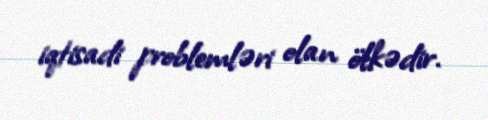
iqtisadi problemləri olan ölkədir.